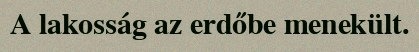
A lakosság az erdőbe menekült.